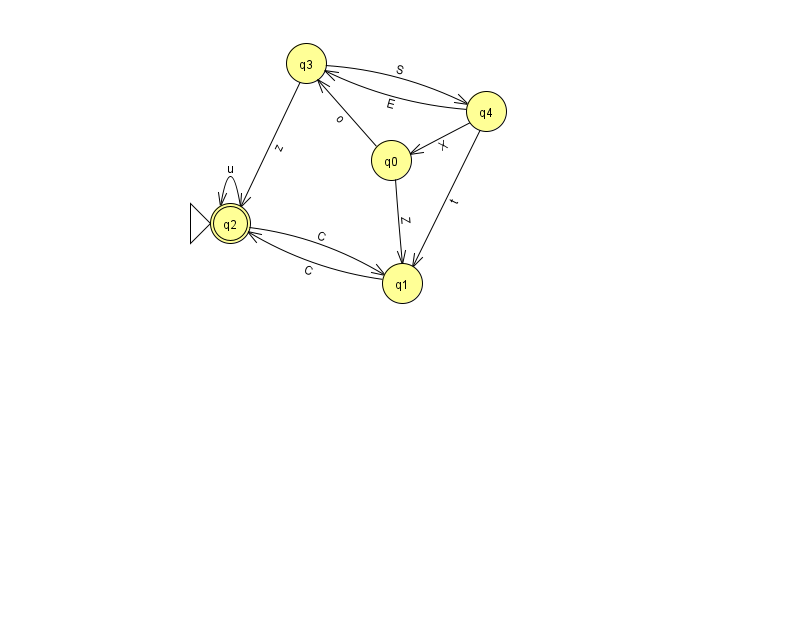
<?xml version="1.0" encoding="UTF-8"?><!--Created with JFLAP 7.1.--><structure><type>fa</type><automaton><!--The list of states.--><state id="0" name="q0"><x>391.0</x><y>147.0</y></state><state id="1" name="q1"><x>402.0</x><y>270.0</y></state><state id="2" name="q2"><x>230.0</x><y>210.0</y><initial/><final/></state><state id="3" name="q3"><x>306.0</x><y>50.0</y></state><state id="4" name="q4"><x>486.0</x><y>98.0</y></state><!--The list of transitions.--><transition><from>2</from><to>2</to><read>u</read></transition><transition><from>4</from><to>0</to><read>X</read></transition><transition><from>1</from><to>2</to><read>C</read></transition><transition><from>2</from><to>1</to><read>C</read></transition><transition><from>4</from><to>3</to><read>E</read></transition><transition><from>3</from><to>2</to><read>z</read></transition><transition><from>0</from><to>1</to><read>Z</read></transition><transition><from>3</from><to>4</to><read>S</read></transition><transition><from>0</from><to>3</to><read>o</read></transition><transition><from>4</from><to>1</to><read>t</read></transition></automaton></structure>